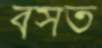
বসত